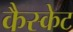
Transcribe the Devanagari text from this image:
कैस्केट